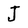
Character: J